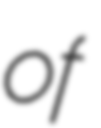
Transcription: of